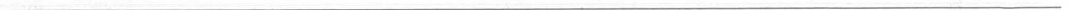
___